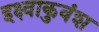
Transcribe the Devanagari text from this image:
इक्ष्वाकुवंश